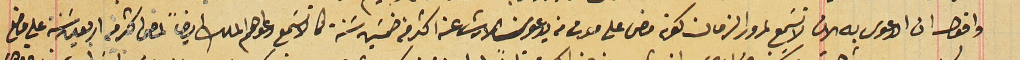
واقوال ان الدعوى به الان لا تسَمع لمرور الزمان كونه مضى على موت من يدعون الارث عنه اكثر من خمسَين سَنة كما لا تسَمع دعواهم الملك ايضاً لمضى اكثر من اربعينَ سَنة على وضع